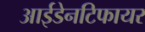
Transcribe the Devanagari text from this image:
आईडेनटिफायर